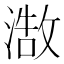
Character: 𮳒